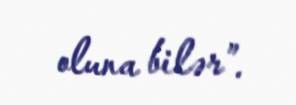
oluna bilər”.